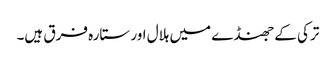
ترکی کے جھنڈے میں ہلال اور ستارہ فرق ہیں۔